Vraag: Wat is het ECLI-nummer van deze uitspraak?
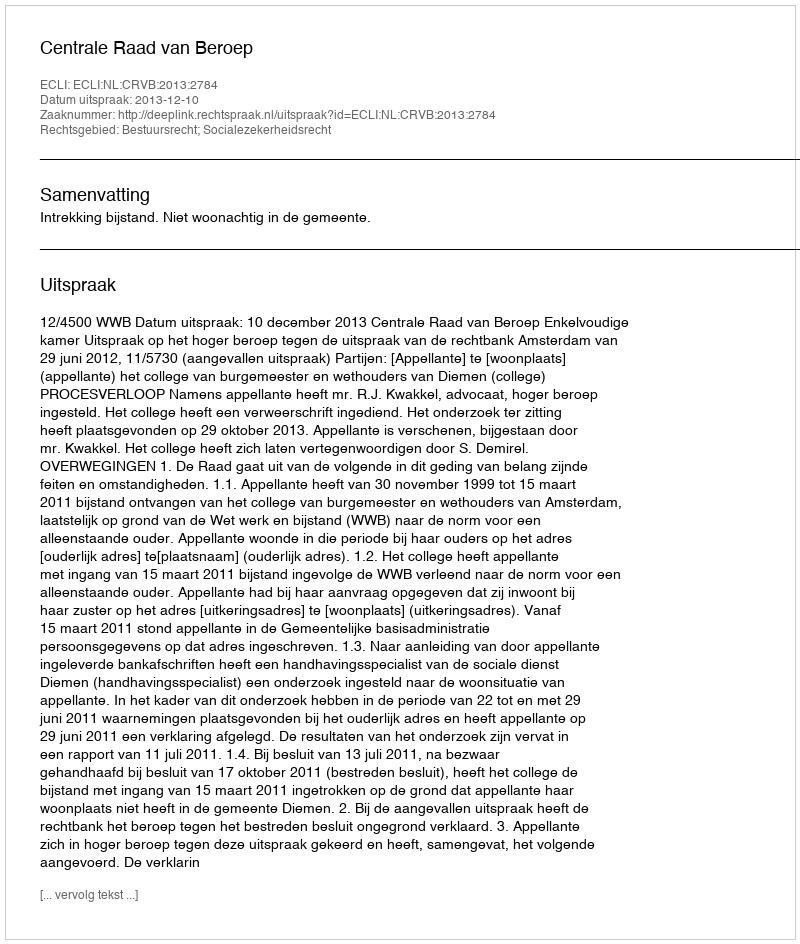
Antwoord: ECLI:NL:CRVB:2013:2784